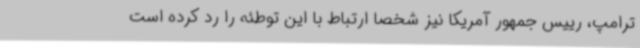
ترامپ، رییس جمهور آمریکا نیز شخصا ارتباط با این توطئه را رد کرده است